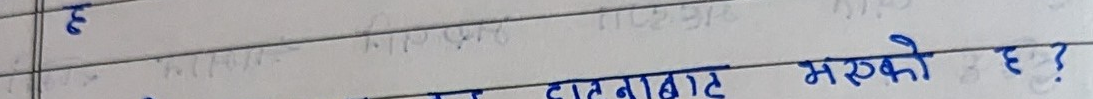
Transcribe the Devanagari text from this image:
ह
हाटबाट भएको ह?